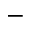
-